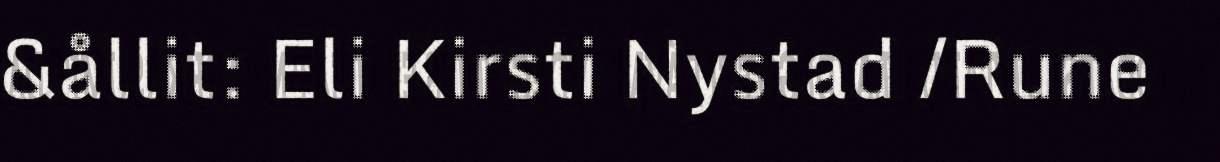
&ållit: Eli Kirsti Nystad /Rune